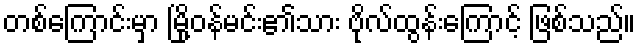
တစ်ကြောင်းမှာ မြို့ဝန်မင်း၏သား ဗိုလ်ထွန်းကြောင့် ဖြစ်သည်။